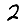
Digit: 2